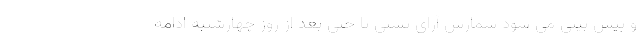
و پیش بینی می شود شمارش آرای پستی تا حتی بعد از روز چهارشنبه ادامه